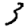
Digit: 3